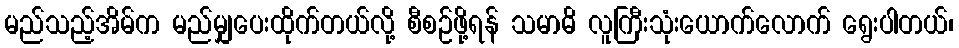
မည်သည့်အိမ်က မည်မျှပေးထိုက်တယ်လို့ စီစဉ်ဖို့ရန် သမာဓိ လူကြီးသုံးယောက်လောက် ရွေးပါတယ်၊